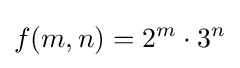
f(m,n)=2^{m}\cdot 3^{n}